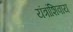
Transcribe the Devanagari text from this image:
यंत्रांशिवाय